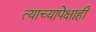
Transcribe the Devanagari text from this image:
त्याच्यापेक्षाही